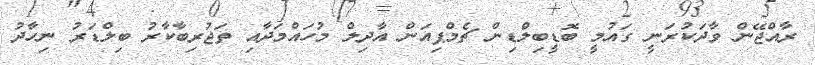
ރާއްޖޭން ވާދަކުރަނީ ގައުމީ ބޮޑީބިލްޑިން ޗެމްޕިއަން އާދިލް މުހައްމަދާއި ތަޖުރިބާކާރު ބިލްޑަރު ނިހާދު